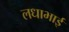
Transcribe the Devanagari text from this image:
लधाभाई